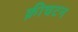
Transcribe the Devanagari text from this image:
क्रीचटन